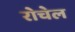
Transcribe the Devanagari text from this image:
रोचेल